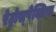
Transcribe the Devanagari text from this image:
रेट्रोस्‍पेक्टिफ